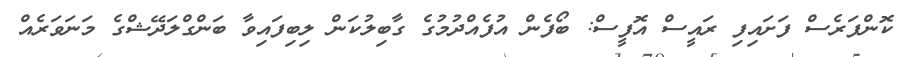
ކޮންފަރެސް ފަށައިފި ރައީސް އޮފީސް: ބޯފެން އުފެއްދުމުގެ ގާބިލުކަން ލިބިފައިވާ ބަންގްލަދޭޝްގެ މަނަވަރެއް